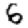
Digit: 6